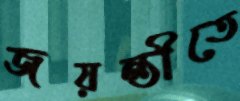
জয়ন্তীতে